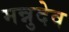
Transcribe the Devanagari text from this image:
मन्नुदेव